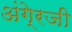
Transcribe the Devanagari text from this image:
अंगे्रजी